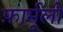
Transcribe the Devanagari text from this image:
फ़ार्मूलो